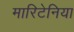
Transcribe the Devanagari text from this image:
मारिटेनिया